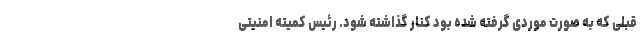
قبلی که به صورت موردی گرفته شده بود کنار گذاشته شود. رئیس کمیته امنیتی